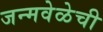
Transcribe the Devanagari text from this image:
जन्मवेळेची